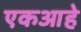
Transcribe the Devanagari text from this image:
एकआहे